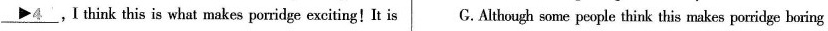
\underline{\rhd 4},I think this is what makes porridge exciting!It is G.Although some people think this makes porridge boring